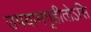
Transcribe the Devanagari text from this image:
उपयामगृहीतोऽसि